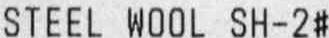
STEEL WOOL SH-2#